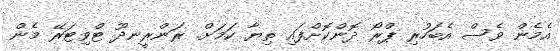
އެމެން ވެސް އެބަހުރި ޕްރޯ ދޮންކޮށްފައި ތިޔާ ކަމަށް. ރަންރީނދޫ ޓްވިޓަރޭ މެން